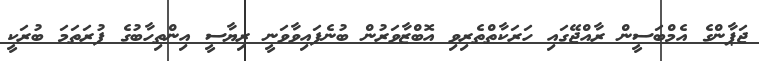
ޖަޕާންގެ އެމްބަސީން ރާއްޖޭގައި ހަރަކާތްތެރިވި އޮބްޒާވަރުން ބުނެފައިވާވަނީ ރިޔާސީ އިންތިހާބުގެ ފުރަތަމަ ބުރަކީ